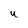
Character: U